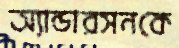
অ্যান্ডারসনকে